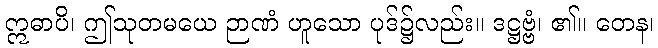
ဣဓာပိ၊ ဤသုတမယေ ဉာဏံ ဟူသော ပုဒ်၌လည်း။ ဒဋ္ဌဗ္ဗံ၊ ၏။ တေန၊